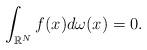
LaTeX: \begin{align*} \int_{\mathbb{R}^N} f(x) d\omega(x)=0. \end{align*}